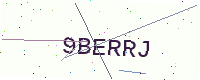
Text: 9BERRJ